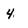
Character: 4